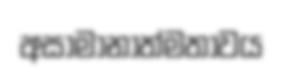
අසාමානාත්මතාවය